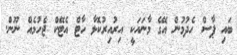
ބައި ޕާސް ހެދުމުން އޭގެ މާނައަކީ އިރުއިރުކޮޅާ ހާޓް އެޓޭކް ޖެހުމެއް ނޫން.